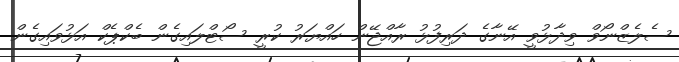
ސެލެޒްނޯވް ވިދާޅުވީ އޭނާގެ ދަރިފުޅު ރާއްޖޭން ހައްޔަރު ކުރީ ސޯޓްލައިގެން ބެކްޕެކް އަޅުވައިގެން